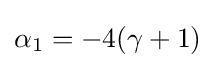
\alpha _{1}=-4(\gamma +1)